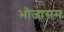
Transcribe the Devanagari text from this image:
भोजासम